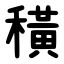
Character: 穔